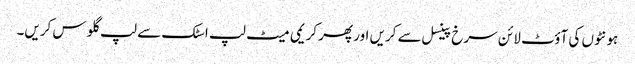
ہو نٹوں کی آؤٹ لا ئن سرخ پینسل سے کریں اور پھر کریمی میٹ لپ اسٹک سے لپ گلو س کریں۔